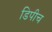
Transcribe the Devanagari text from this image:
डिपीच